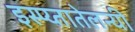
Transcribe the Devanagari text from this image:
इस्प्य्तातेलन्यी